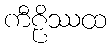
ကီဠိဿထ